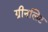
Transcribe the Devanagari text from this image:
ग्रीनलिट